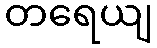
တရေယျ